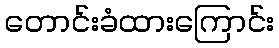
တောင်းခံထားကြောင်း